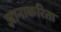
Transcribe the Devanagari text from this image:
ज्ञानाकरिता